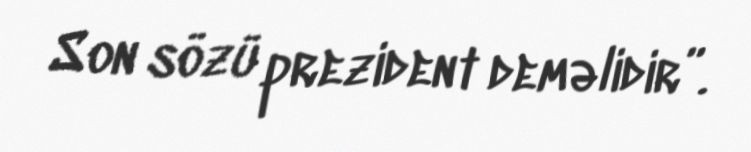
Son sözü prezident deməlidir”.